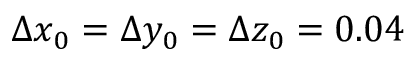
\Delta x _ { 0 } = \Delta y _ { 0 } = \Delta z _ { 0 } = 0 . 0 4